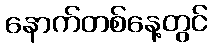
နောက်တစ်နေ့တွင်